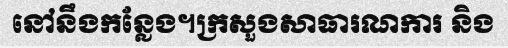
នៅនឹងកន្លែង។ក្រសួងសាធារណការ និង